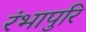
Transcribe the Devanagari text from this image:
रंभापुरि